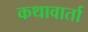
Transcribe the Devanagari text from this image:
कथावार्ता